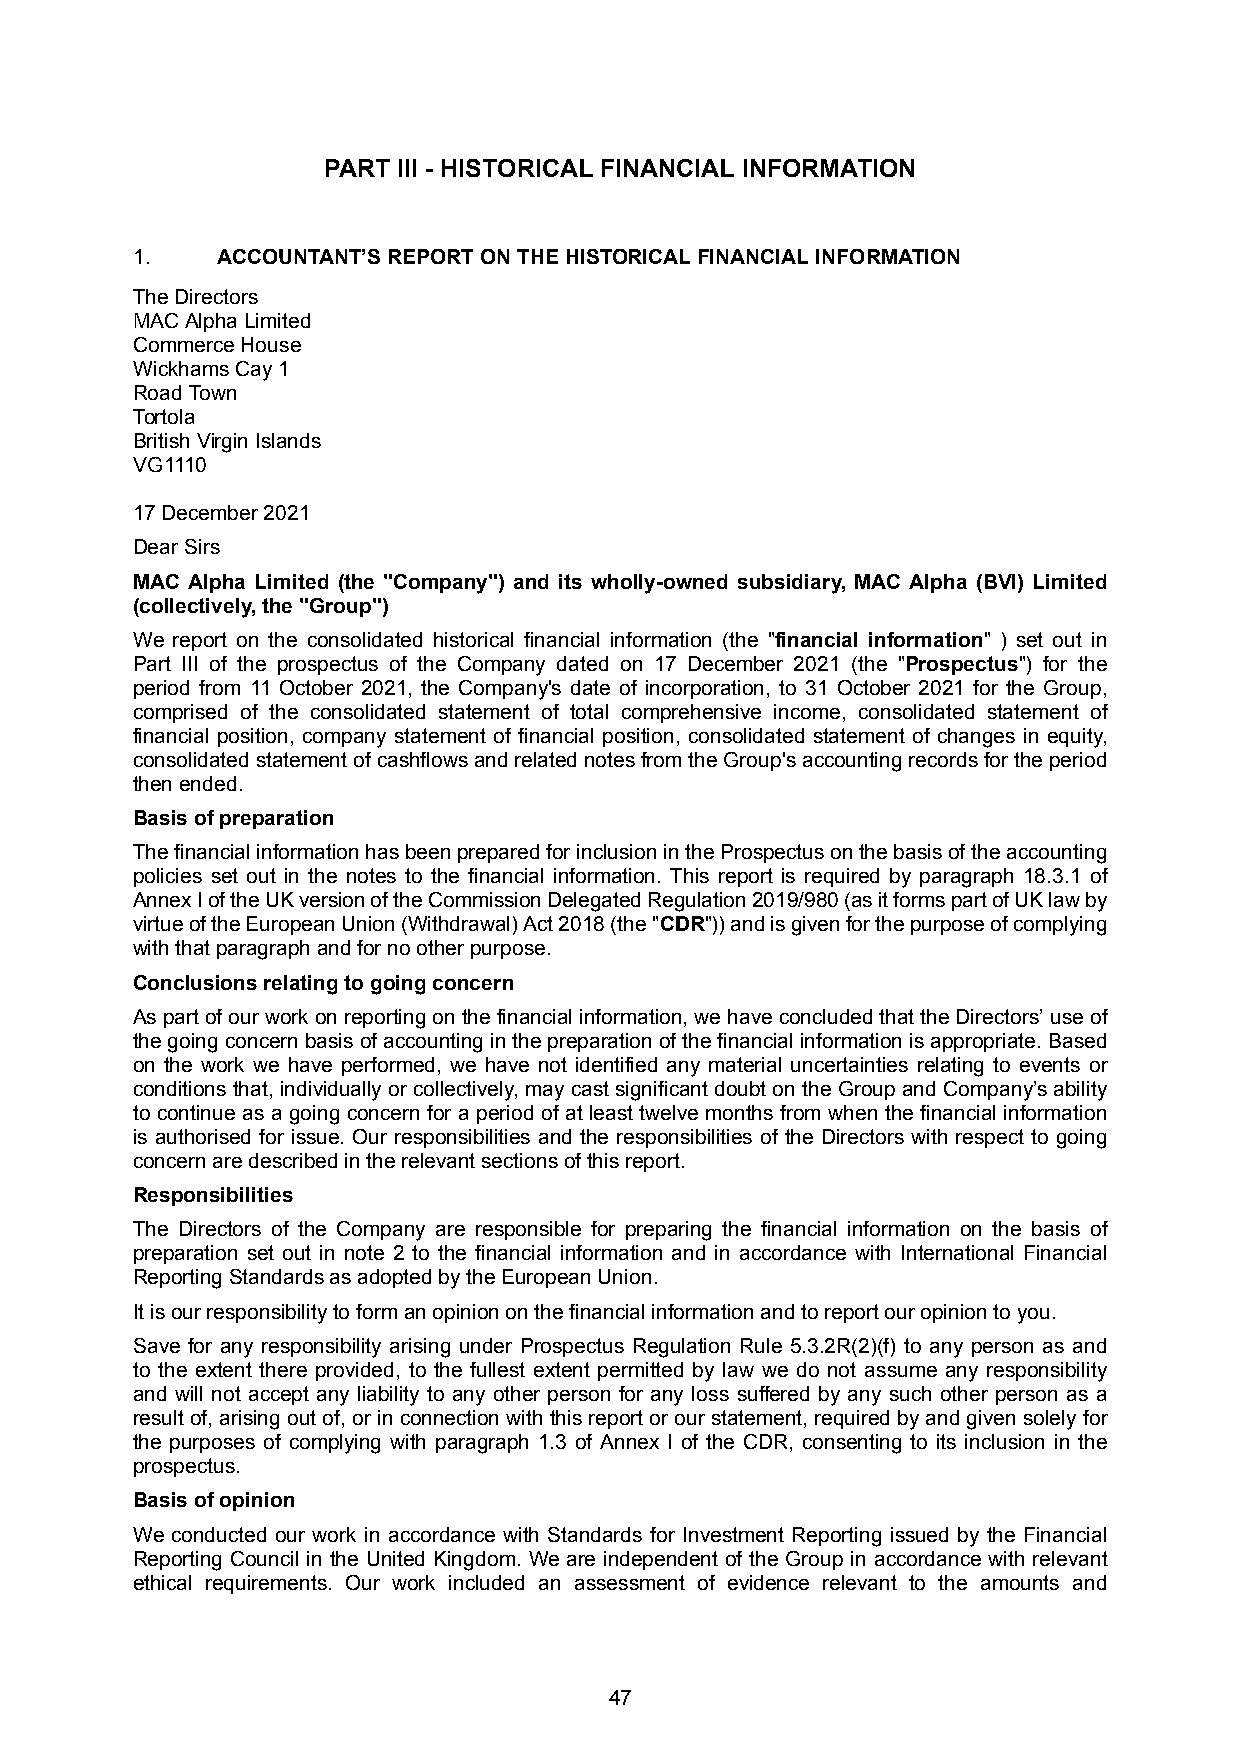
PART III - HISTORICAL FINANCIAL INFORMATION
 1.   ACCOUNTANT’S REPORT ON THE HISTORICAL FINANCIAL INFORMATION
 The Directors
 MAC Alpha Limited
 Commerce House
 Wickhams Cay 1
 Road Town
 Tortola
 British Virgin Islands
 VG1110
 17 December 2021
 Dear Sirs
 MAC Alpha Limited (the "Company") and its wholly-owned subsidiary, MAC Alpha (BVI) Limited
 (collectively, the "Group")
 We report on the consolidated historical financial information (the "financial information" ) set out in
 Part III of the prospectus of the Company dated on 17 December 2021 (the "Prospectus") for the
 period from 11 October 2021, the Company's date of incorporation, to 31 October 2021 for the Group,
 comprised of the consolidated statement of total comprehensive income, consolidated statement of
 financial position, company statement of financial position, consolidated statement of changes in equity,
 consolidatedstatementofcashflowsandrelatednotesfromtheGroup'saccountingrecordsfortheperiod
 then ended.
 Basis of preparation
 ThefinancialinformationhasbeenpreparedforinclusionintheProspectusonthebasisoftheaccounting
 policies set out in the notes to the financial information. This report is required by paragraph 18.3.1 of
 AnnexIoftheUKversionoftheCommissionDelegatedRegulation2019/980(asitformspartofUKlawby
 virtueoftheEuropeanUnion(Withdrawal)Act2018(the"CDR"))andisgivenforthepurposeofcomplying
 with that paragraph and for no other purpose.
 Conclusions relating to going concern
 Aspartofourworkonreportingonthefinancialinformation,wehaveconcludedthattheDirectors’useof
 thegoingconcernbasisofaccountinginthepreparationofthefinancialinformationisappropriate.Based
 on the work we have performed, we have not identified any material uncertainties relating to events or
 conditions that, individually or collectively, may cast significant doubt on the Group and Company’s ability
 to continue as a going concern for a period of at least twelve months from when the financial information
 is authorised for issue. Our responsibilities and the responsibilities of the Directors with respect to going
 concern are described in the relevant sections of this report.
 Responsibilities
 The Directors of the Company are responsible for preparing the financial information on the basis of
 preparation set out in note 2 to the financial information and in accordance with International Financial
 Reporting Standards as adopted by the European Union.
 It is our responsibility to form an opinion on the financial information and to report our opinion to you.
 Save for any responsibility arising under Prospectus Regulation Rule 5.3.2R(2)(f) to any person as and
 to the extent there provided, to the fullest extent permitted by law we do not assume any responsibility
 and will not accept any liability to any other person for any loss suffered by any such other person as a
 result of, arising out of, or in connection with this report or our statement, required by and given solely for
 the purposes of complying with paragraph 1.3 of Annex I of the CDR, consenting to its inclusion in the
 prospectus.
 Basis of opinion
 We conducted our work in accordance with Standards for Investment Reporting issued by the Financial
 Reporting Council in the United Kingdom. We are independent of the Group in accordance with relevant
 ethical requirements. Our work included an assessment of evidence relevant to the amounts and
 47